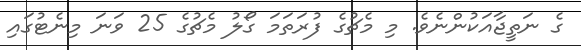
ގެ ނަތީޖާއަކުންނެވެ. މި މެޗުގެ ފުރަތަމަ ގޯލު މެޗުގެ 25 ވަނަ މިނެޓުގައި